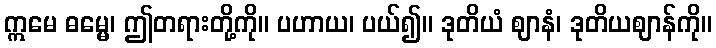
ဣမေ ဓမ္မေ၊ ဤတရားတို့ကို။ ပဟာယ၊ ပယ်၍။ ဒုတိယံ ဈာနံ၊ ဒုတိယဈာန်ကို။